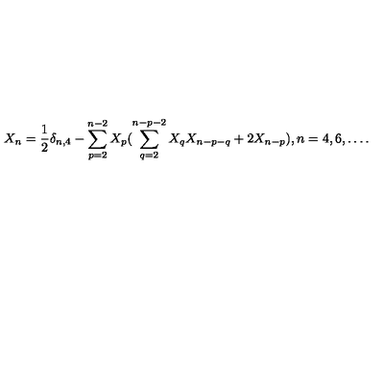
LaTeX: X _ { n } = \frac { 1 } { 2 } \delta _ { n , 4 } - \sum _ { p = 2 } ^ { n - 2 } X _ { p } ( \sum _ { q = 2 } ^ { n - p - 2 } X _ { q } X _ { n - p - q } + 2 X _ { n - p } ) , n = 4 , 6 , \ldots .